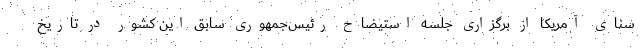
سنای آمریکا از برگزاری جلسه استیضاح رئیس‌جمهوری سابق این کشور در تاریخ